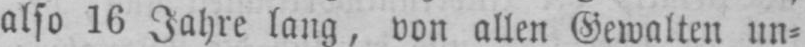
also 16 Jahre lang, von allen Gewalten un⸗